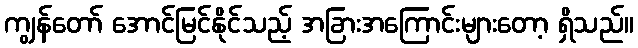
ကျွန်တော် အောင်မြင်နိုင်သည့် အခြားအကြောင်းများတော့ ရှိသည်။